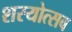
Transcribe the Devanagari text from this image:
शस्योत्सव